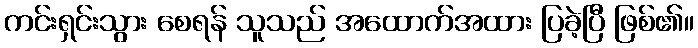
ကင်းရှင်းသွား စေရန် သူသည် အထောက်အထား ပြခဲ့ပြီ ဖြစ်၏။